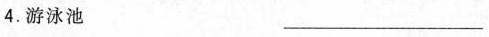
4.游泳池___